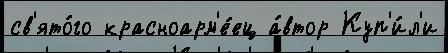
св'ято́го красноарм'е́ец а́втор Куп'и́л'и